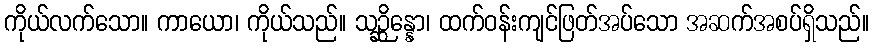
ကိုယ်လက်သော။ ကာယော၊ ကိုယ်သည်။ သဉ္ဆိန္နော၊ ထက်ဝန်းကျင်ဖြတ်အပ်သော အဆက်အစပ်ရှိသည်။